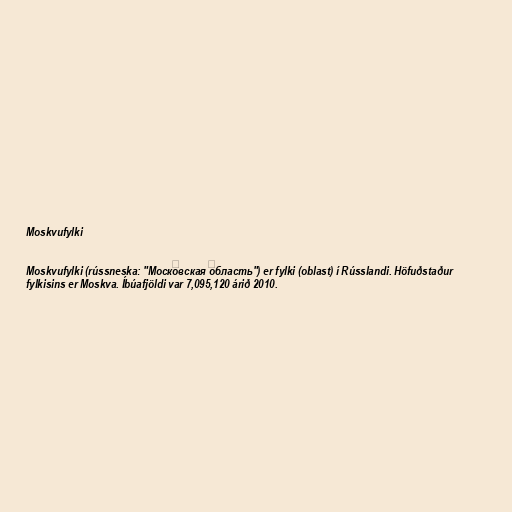
Moskvufylki

Moskvufylki (rússneska: "Моско́вская о́бласть") er fylki (oblast) í Rússlandi. Höfuðstaður
fylkisins er Moskva. Íbúafjöldi var 7,095,120 árið 2010.